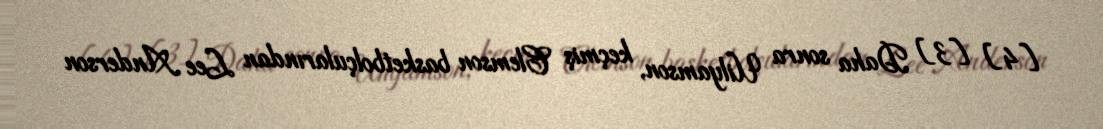
[4] [3] Daha sonra Uilyamson, keçmiş Clemson basketbolçularından Lee Anderson